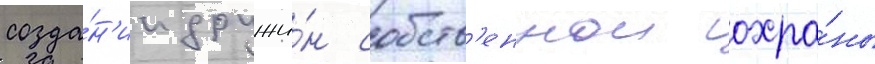
созда́н'ии дружи́н собств'еннои охра́ны